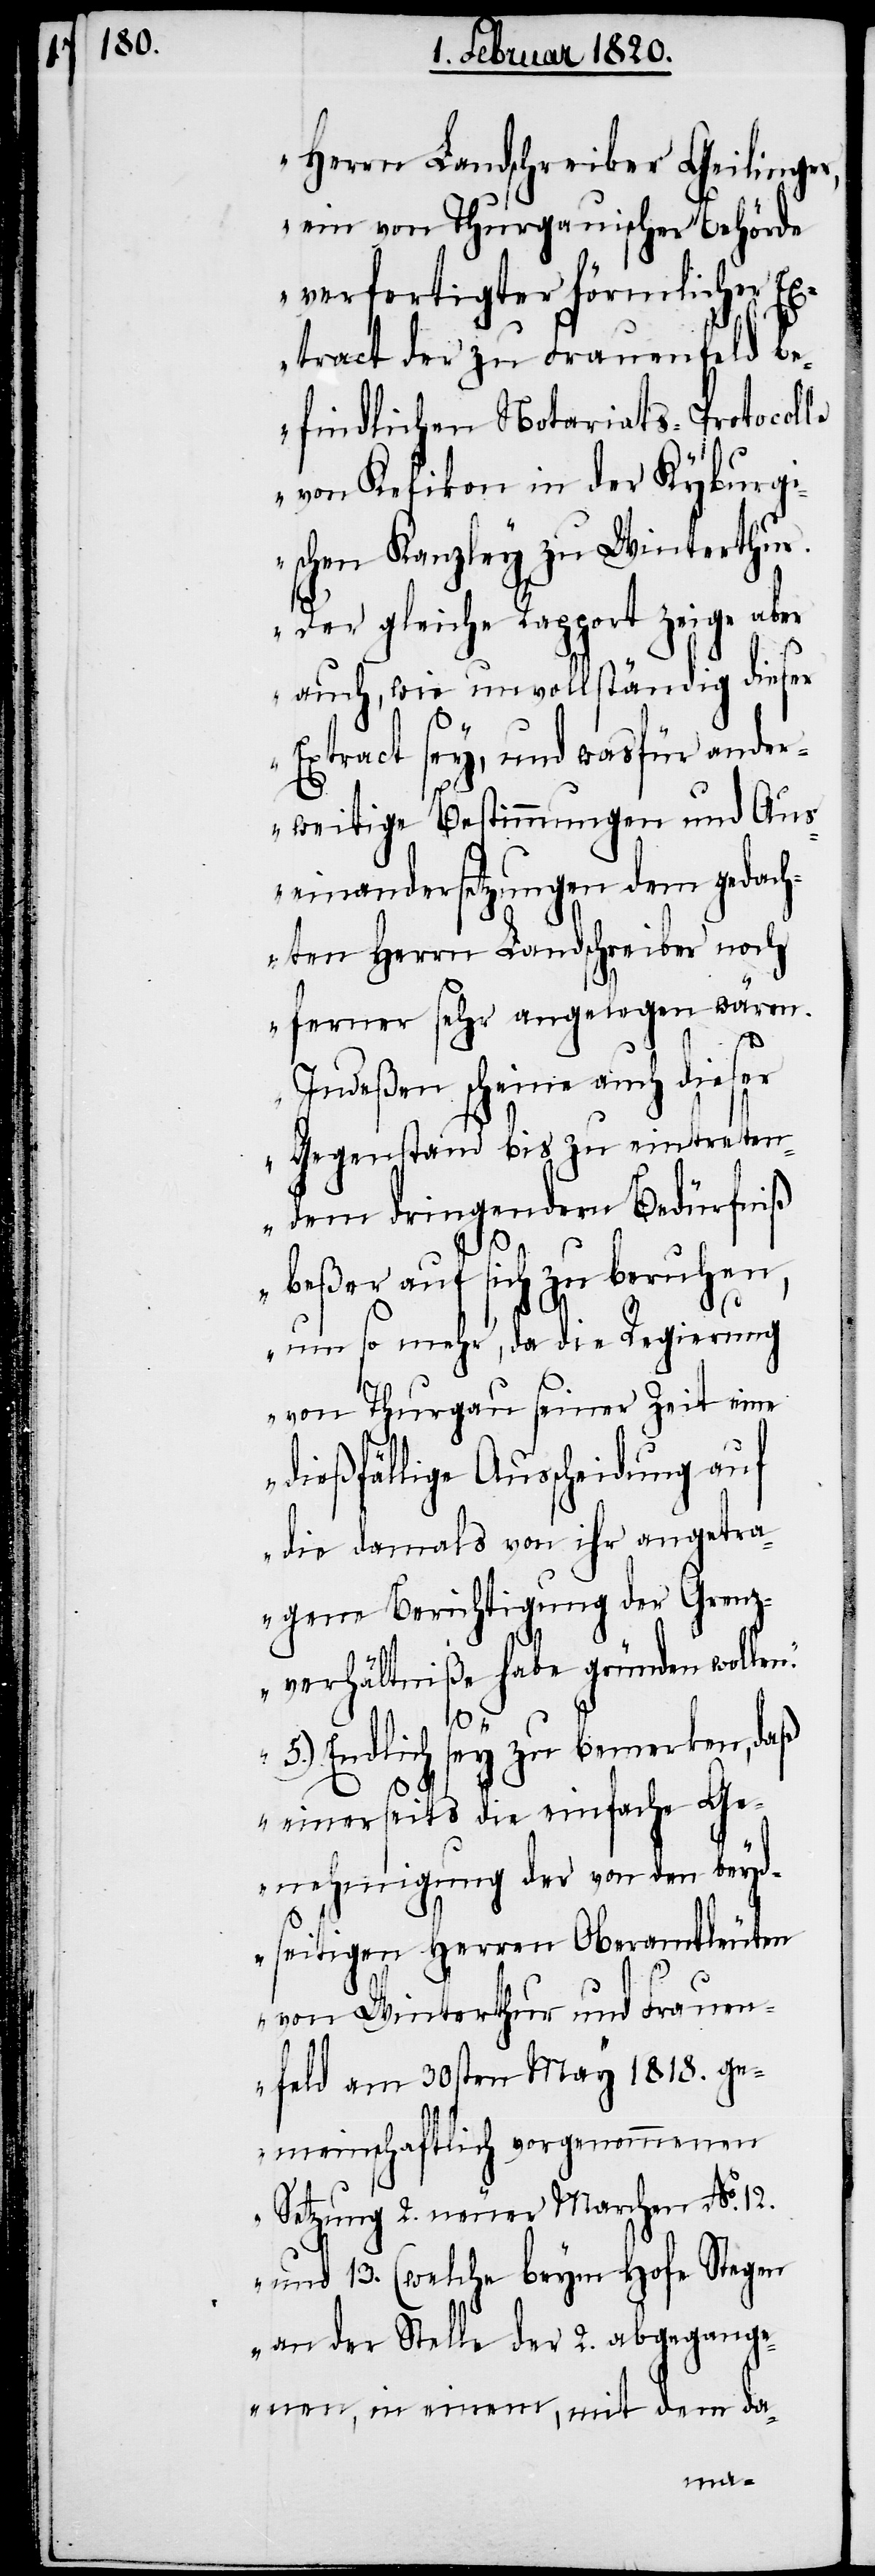
Herrn Landschreiber Geilinger,
ein von Thurgauischer Behörde
verfertigter förmlicher Ex¬
tract der zu Frauenfeld be¬
findlichen Notariats-Protocolle
von Kefikon in der Kyburg¬
ischen Kanzley zu Winterthur.
Der gleiche Rapport zeige aber
auch, wie unvollständig dieser
Extract sey, und wasfür ander¬
weitige Bestimmungen und Aus¬
einandersetzungen dem gedach¬
ten Herrn Landschreiber noch
ferner sehr angelegen wären.
Indeßen scheine auch dieser
Gegenstand bis zu eintreten¬
dem dringendern Bedürfniß
beßer auf sich zu beruhen,
um so mehr, da die Regierung
von Thurgau seiner Zeit eine
dießfällige Ausscheidung auf
die damals von ihr angetra¬
gene Berichtigung der Grenz¬
verhältniße habe gründen wolle¬
n.“
„5.) Endlich sey zu bemerken, daß
einerseits die einfache Ge¬
nehmigung der von den beyd¬
seitigen Herren Oberamtleuten
von Winterthur und Frauen¬
feld am 30sten May 1818. ge¬
meinschaftlich vorgenommenen
Setzung 2. neuer Marchen No.12.
und 13. (welche beym Hofe Stegen
an der Stelle der 2. abgegange¬
nen, in einem, mit dem da-